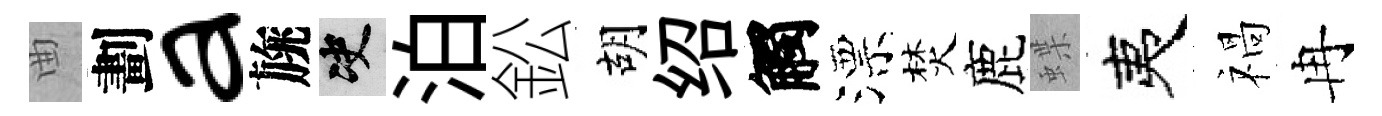
曲劃a旐决泊鈆胡绍觸漂焚鹿蝶夷禍冉